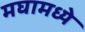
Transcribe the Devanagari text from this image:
मघामध्ये